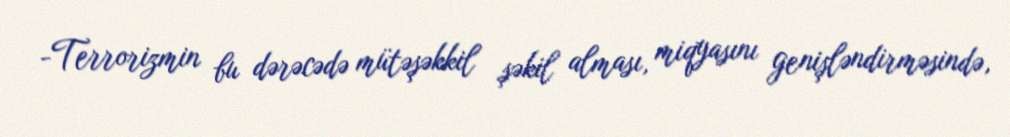
-Terrorizmin bu dərəcədə mütəşəkkil şəkil alması, miqyasını genişləndirməsində,